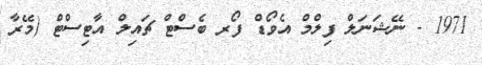
1971 - ނޭޝަނަލް ފިލްމް އެވޯޑް ފޯރ ބެސްޓް ޗައިލް އާޓިސްޓް (މޭރާ